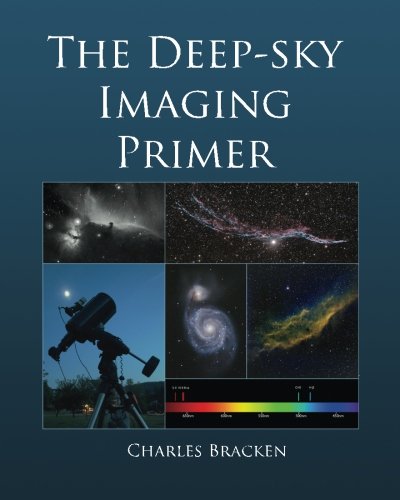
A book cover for The Deep-sky Imaging Primer; Charles Bracken; Science & Math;